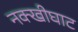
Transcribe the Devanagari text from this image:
नक्खीघाट